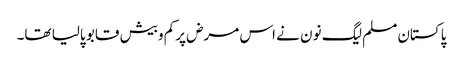
پاکستان مسلم لیگ نون نے اس مرض پرکم وبیش قابو پالیا تھا۔